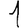
Digit: 1